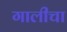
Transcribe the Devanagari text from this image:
गालीचा